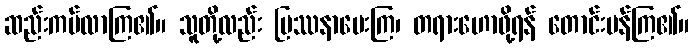
ဆည်းကပ်လာကြ၏။ သူတို့လည်း ပြဿနာမေးကြ၊ တရားဟောဖို့ရန် တောင်းပန်ကြ၏။